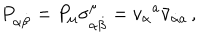
P _ { \alpha \dot { \beta } } = P _ { \mu } \sigma _ { \alpha \dot { \beta } } ^ { \mu } = v _ { \alpha } { } ^ { a } \bar { v } _ { \dot { \alpha } { } a } \, ,